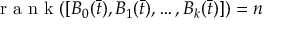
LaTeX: { \textrm { r a n k } } ( \left[ B _ { 0 } ( { \bar { t } } ) , B _ { 1 } ( { \bar { t } } ) , \ldots , B _ { k } ( { \bar { t } } ) \right] ) = n